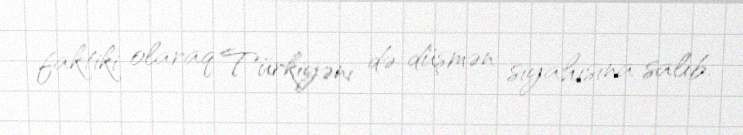
faktiki olaraq Türkiyəni də düşmən siyahısına salıb.